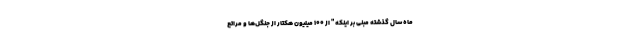
ماه سال گذشته مبنی بر اینکه " از ۱۰۰ میلیون هکتار از جنگل‌ها و مراتع